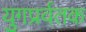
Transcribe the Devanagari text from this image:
युगप्रर्वतक